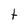
Character: t